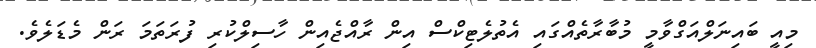
މިއީ ބައިނަލްއަގްވާމީ މުބާރާތެއްގައި އެތުލެޓިކްސް އިން ރާއްޖެއިން ހާސިލްކުރި ފުރަތަމަ ރަން މެޑަލެވެެ.